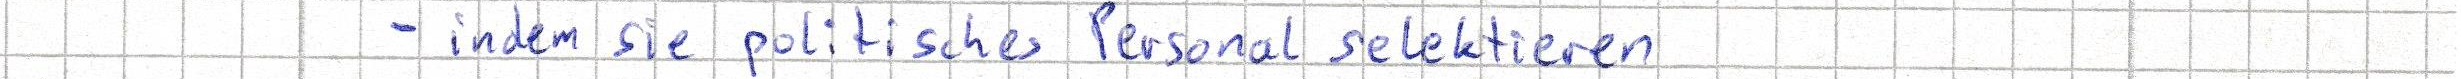
- indem sie politisches Personal selektieren